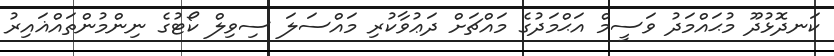
ކަނދޮޅުދޫ މުޙައްމަދު ވަސީމް އަޙްމަދުގެ މައްޗަށް ދަޢުވާކުރި މައްސަލަ ސިވިލް ކޯޓުގެ ނިންމުންތައްޣައިރު